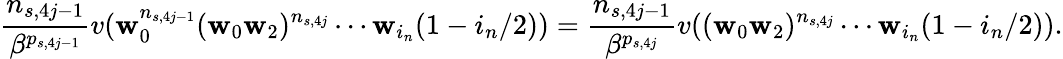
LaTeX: \frac{n_{s,4j-1}}{\beta^{p_{s,4j-1}}}v(\mathbf w_{0}^{n_{s,4j-1}}(\mathbf w_{0}\mathbf w_{2})^{n_{s,4j}}\cdots\mathbf w_{i_{n}}(1-i_{n}/2))=\frac{n_{s,4j-1}}{\beta^{p_{s,4j}}}v((\mathbf w_{0}\mathbf w_{2})^{n_{s,4j}}\cdots\mathbf w_{i_{n}}(1-i_{n}/2)).